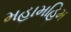
મહામહિમ